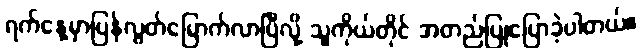
ရက်နေ့မှာပြန်လွတ်မြောက်လာပြီလို့ သူကိုယ်တိုင် အတည်ပြုပြောခဲ့ပါတယ်။